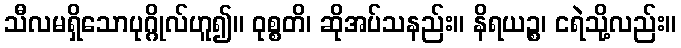
သီလမရှိသောပုဂ္ဂိုလ်ဟူ၍။ ဝုစ္စတိ၊ ဆိုအပ်သနည်း။ နိရယဉ္စ၊ ငရဲသို့လည်း။